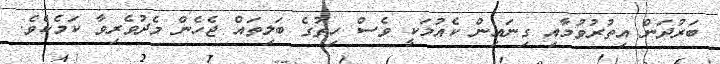
ބަރުދަން އިތުރުވުމާއި ގިނައިން ކެއުމަކީ ވެސް ހިތުގެ ބަލިތައް ޖެހެން މެދުވެރިވާ ކަމެކެވެ.